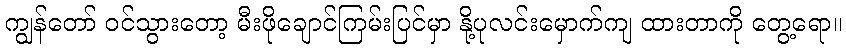
ကျွန်တော် ဝင်သွားတော့ မီးဖိုချောင်ကြမ်းပြင်မှာ နို့ပုလင်းမှောက်ကျ ထားတာကို တွေ့ရော။